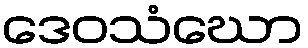
ဒေဝသံဃော